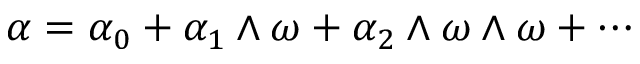
\alpha = \alpha _ { 0 } + \alpha _ { 1 } \wedge \omega + \alpha _ { 2 } \wedge \omega \wedge \omega + \cdots